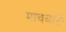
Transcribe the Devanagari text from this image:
मावबाटी